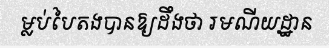
ម្លប់បៃតងបានឱ្យដឹងថា រមណីយដ្ឋាន